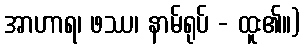
အာဟာရ၊ ဖဿ၊ နာမ်ရုပ် - ထူး၏။)